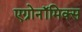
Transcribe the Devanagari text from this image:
एग्रोनॉमिक्स